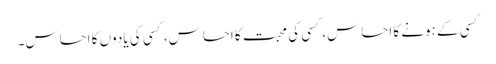
کسی کے ہونے کا احساس، کسی کی محبت کا احساس، کسی کی یادوں کا احساس۔